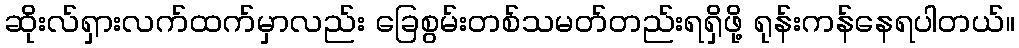
ဆိုးလ်ရှားလက်ထက်မှာလည်း ခြေစွမ်းတစ်သမတ်တည်းရရှိဖို့ ရုန်းကန်နေရပါတယ်။